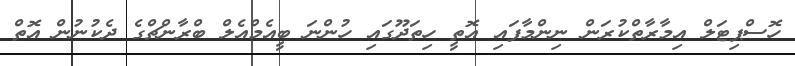
ހޮސްޕިޓަލް އިމާރާތްކުރަން ނިންމާފައި އޮތީ ހިތަދޫގައި ހުންނަ ބީއެމްއެލް ބްރާންޗްގެ ދެކުނުން އޮތް